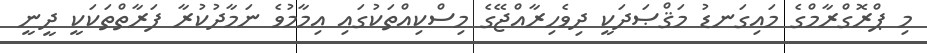
މި ޕްރޮގްރާމްގެ މައިގަނޑު މަޤްޞަދަކީ ދިވެހިރާއްޖޭގެ މިސްކިއްތަކުގައި އިމާމުވެ ނަމާދުކުރާ ފަރާތްތަކަކީ ދީނީ